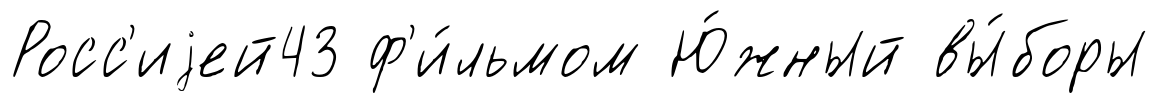
Росс'иjей43 ф'и́льмом Ю́жный вы́боры